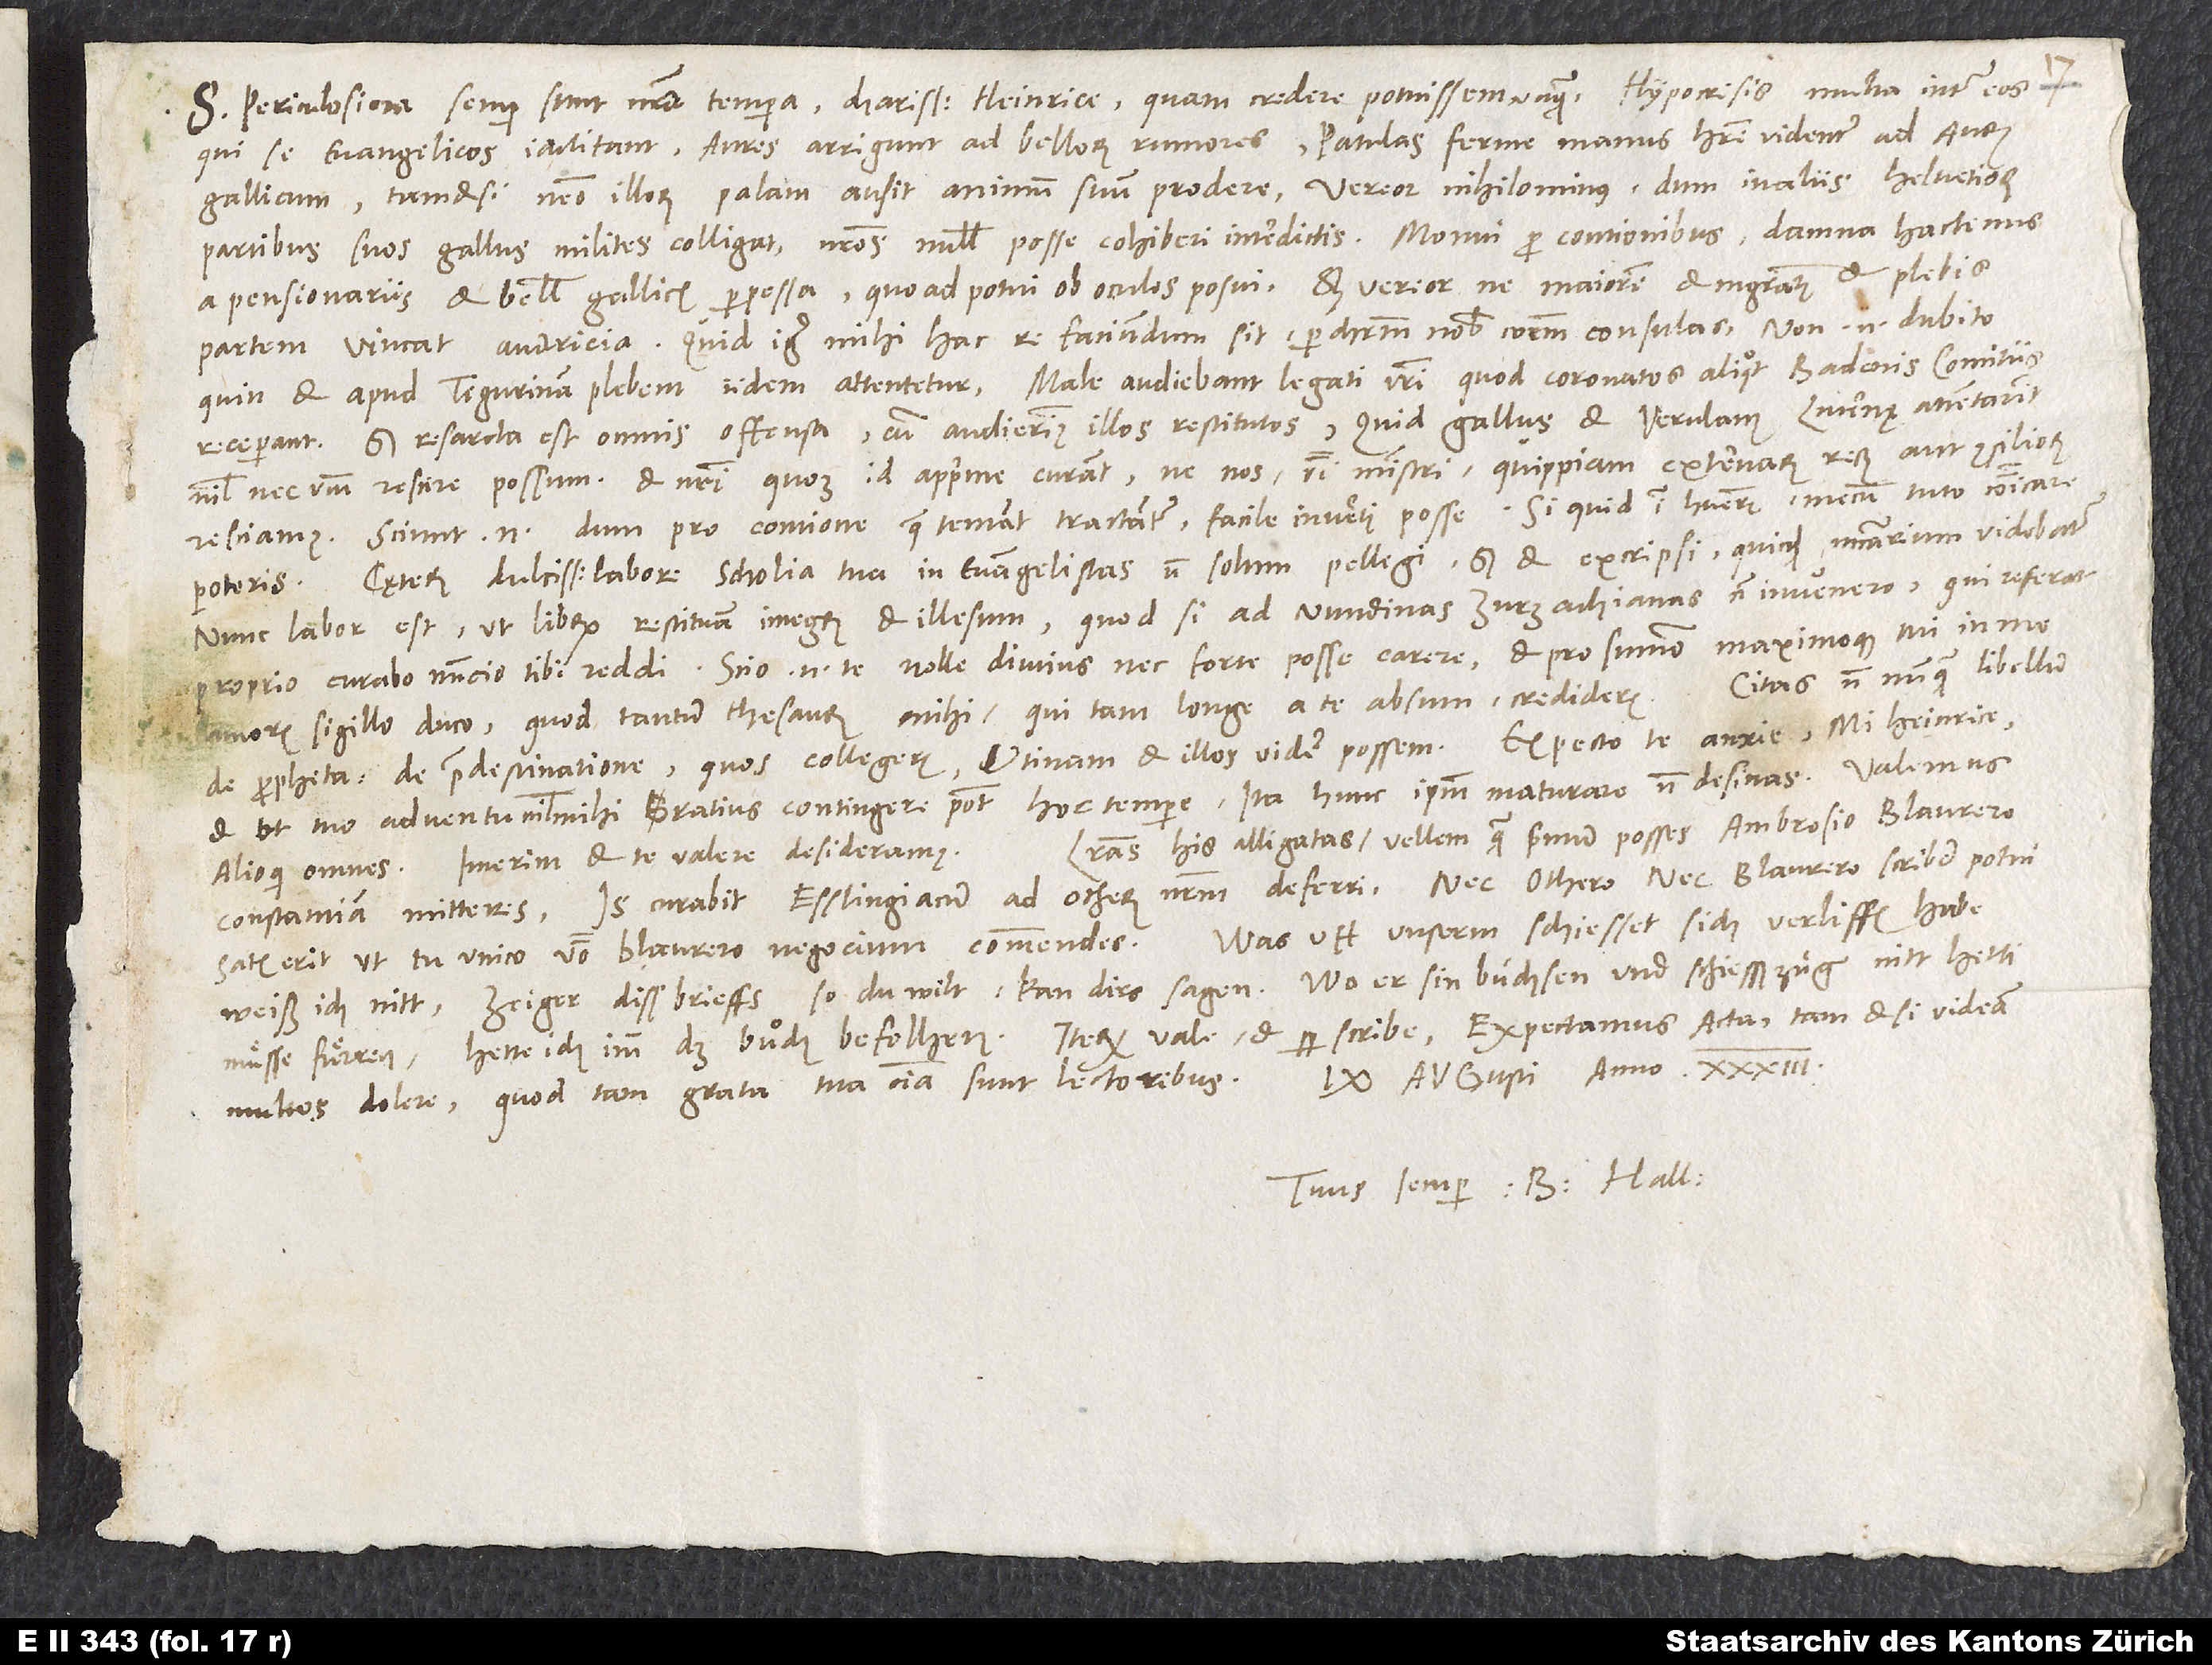
S. Periculosiora semper sunt nostra tempora, charissime Heinrice, quam credere potuissem unquam. Hypocrisis multa inter eos,
qui se evangelicos iactitant. Aures arrigunt ad bellorum rumores. Patulas ferme manus habere videntur ad aurum
Gallicum, tametsi nemo illorum palam ausit animum suum prodere. Vereor nihilominus, dum in aliis Helvetiorum
partibus suos Gallus milites colligat, nostros nullis posse cohiberi interdictis. Monui pro contionibus, damna hactenus
a pensionariis et bellis Gallicis perpessa, quoad potui, ob oculos posui, sed vereor, ne maiorem et magistratus et plebis
partem vincat avaricia. Quid igitur mihi hac re faciundum sit, per Christum nobis communem consulas. Non enim dubito,
quin et apud Tigurinam plebem iidem attentetur. Male audiebant legati vestri, quod coronatos aliquot Badenis comitiis
nihil nec verbum rescire possum, et nostri quoque id apprime curant, ne nos, verbi ministri, quippiam externarum rerum aut consiliorum
resciamus. Sciunt enim, dum pro contione, quae tentant, tractantur, facile inverti posse. Si quid igitur habueris, mecum tuto communicare
Cęterum dulcissimo labore scholia tua in evangelistas non solum pellegi, sed et excripsi, quicquid necessarium videbatur.
poteris.
Nunc labor est, ut librum restituam integrum et illesum. Quodsi ad nundinas Zurzachianas non invenero, qui referat,
proprio curabo nuncio tibi reddi. Scio enim te nolle diutius nec forte posse carere et pro summo maximoque tui in me
Citas non nunquam libellum
amoris sigillo duco, quod tantum thesaurum mihi, qui tam longe a te absum, credideris.
et ut tuo adventu nihil mihi gratius contingere potest hoc tempore, ita hunc ipsum maturare non desinas. Valemus
Literas his alligatas vellem, quam primum posses, Ambrosio Blaurero
alioqui omnes. Interim et te valere desideramus.
Constantiam mitteres. Is curabit Esslingiacum ad Otherum nostrum deferri. Nec Othero nec Blaurero scribere potui.
weiß ich nitt; Zeiger diss brieffs, so du wilt, kan dirs sagen. Wo er sin büchsen und schiesßzüg nitt hetti
multos dolere, quod tam grata tua omnia sunt lectoribus.
Tuus semper B. Hall.